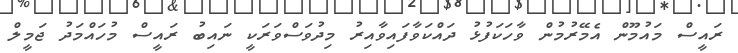
ރައީސް މައުމޫން އެމޭރުމުން ވާހަކަފުޅު ދައްކަވާފައިވާއިރު މިދުވަސްވަރަކީ ނައިބު ރައީސް މުހައްމަދު ޖަމީލް